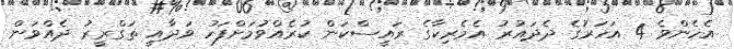
އެހެންވެ 4 އަހަރުގެ ދެދައުރު އެމެރިކާގެ ރައީސްކަން ކުރެއްވުމަށްފަހު ވަދާއީ ތަގްރީރު ދެއްވަން